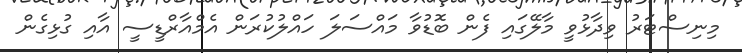
މިނިސްޓަރު ވިދާޅުވީ މާލޭގައި ފެން ބޮޑުވާ މައްސަލަ ހައްލުކުރަން އެމްއާރްޑީސީ އާއި ގުޅިގެން